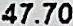
47.70